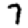
Digit: 7